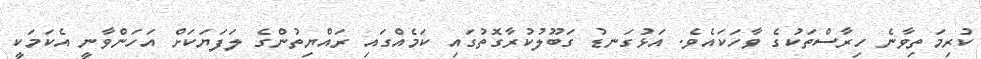
ކުރިމަތިވާނެ ހިރާސްތަކުގެ ވާހަކައެވެ. އަޅުގަނޑު ގަބޫލުކުރާގޮތުގައި ކަމެއްގައި ރައްޔިތުންގެ ލަފަޔަކަށް އަހަންވާނީ އެކަމަކީ